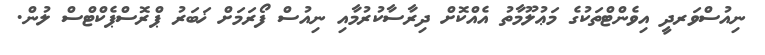
ނިއުސްވަރދީ އިވެންޓްތަކުގެ މަޢުލޫމާތު އެއްކޮށް ދިރާސާކުރުމާއި ނިއުސް ފޯރަމަށް ޚަބަރު ޕްރޮސްޕެކްޓްސް ލުން.